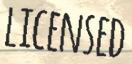
LICENSED